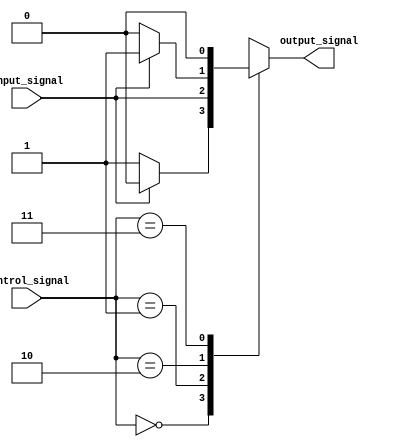
module case_statement_example (
    input wire [1:0] control_signal,
    input wire input_signal,
    output reg output_signal
);

always @ (control_signal or input_signal)
begin
    case(control_signal)
        2'b00: // Case for control signal = 00
            begin
                if(input_signal == 1'b0)
                    output_signal <= 1'b1; // Output signal logic for this case
                else
                    output_signal <= 1'b0; // Output signal logic for this case
            end
        2'b01: // Case for control signal = 01
            begin
                output_signal <= input_signal; // Output signal logic for this case
            end
        2'b10: // Case for control signal = 10
            begin
                if(input_signal == 1'b1)
                    output_signal <= 1'b1; // Output signal logic for this case
                else
                    output_signal <= 1'b0; // Output signal logic for this case
            end
        2'b11: // Default case for all other control signals
            begin
                output_signal <= 1'b0; // Default output signal logic
            end
    endcase
end

endmodule